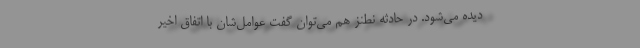
دیده می‌شود. در حادثه نطنز هم می‌توان گفت عوامل‌شان با اتفاق اخیر